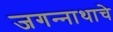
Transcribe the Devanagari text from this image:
जगन्‍नाथाचे